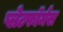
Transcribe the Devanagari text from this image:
प्लेटफॉर्मस